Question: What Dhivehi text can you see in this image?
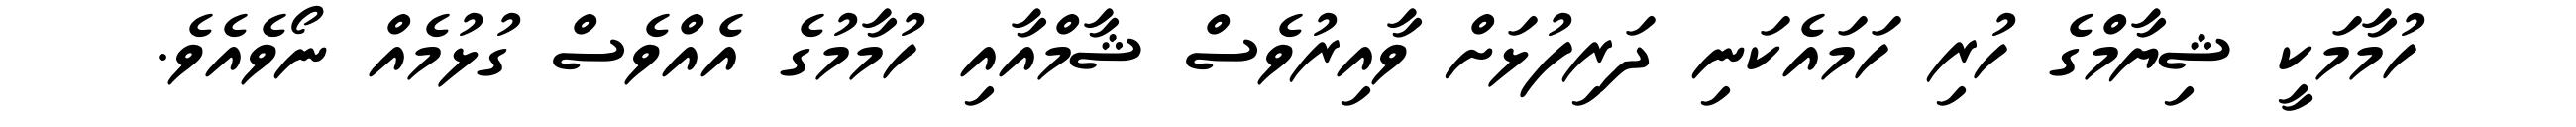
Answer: ހުމާމަކީ ޝިޔާމްގެ ހުރި ހަމައެކަނި ދަރިފުޅަށް ވާއިރުވެސް ޝާމްއާއި ހުމާމުގެ އެއްވެސް ގުޅުމެއް ނޯވެއެވެ.